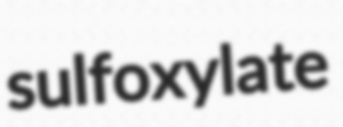
sulfoxylate